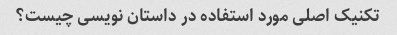
تکنیک اصلی مورد استفاده در داستان نویسی چیست؟